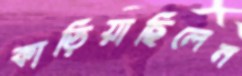
কাড়িয়াছিলেন